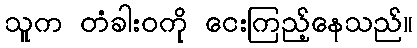
သူက တံခါးဝကို ငေးကြည့်နေသည်။